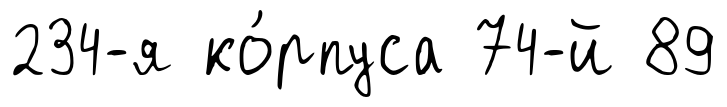
234-я ко́рпуса 74-й 89